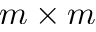
m \times m